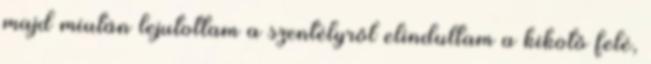
majd miután lejutottam a szentélyről elindultam a kikötő felé,